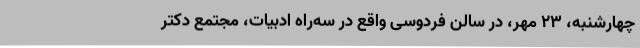
چهارشنبه، 23 مهر، در سالن فردوسی واقع در سه‌راه ادبیات، مجتمع دکتر